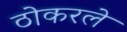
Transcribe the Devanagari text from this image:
ठोकरले